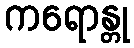
ကရောန္တု